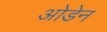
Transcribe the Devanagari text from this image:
ओडेन